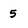
Character: 5